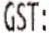
GST: